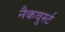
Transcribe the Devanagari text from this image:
नैकवुर्स्ट